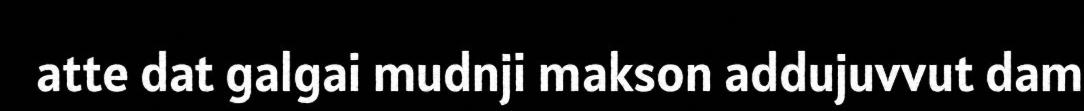
atte dat galgai mudnji makson addujuvvut dam